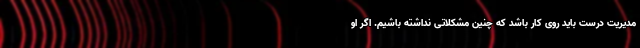
مدیریت درست باید روی کار باشد که چنین مشکلاتی نداشته باشیم. اگر او